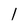
Character: l